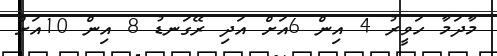
މާދަމާ ހަވީރު 4 އިން 6އަށް އަދި ރޭގަނޑު 8 އިން 10އަށް